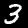
Label: 3